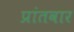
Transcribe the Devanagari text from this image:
प्रांतवार